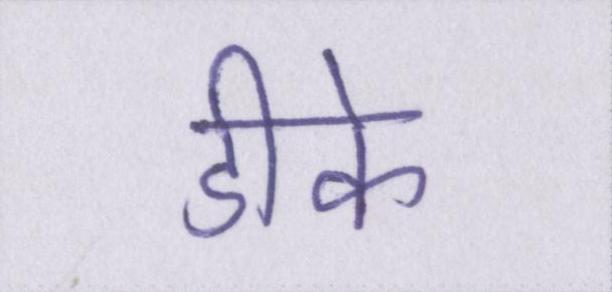
डीके